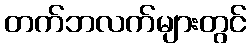
တက်ဘလက်များတွင်